Suure-Kopu_vallavalitsus, lk 71
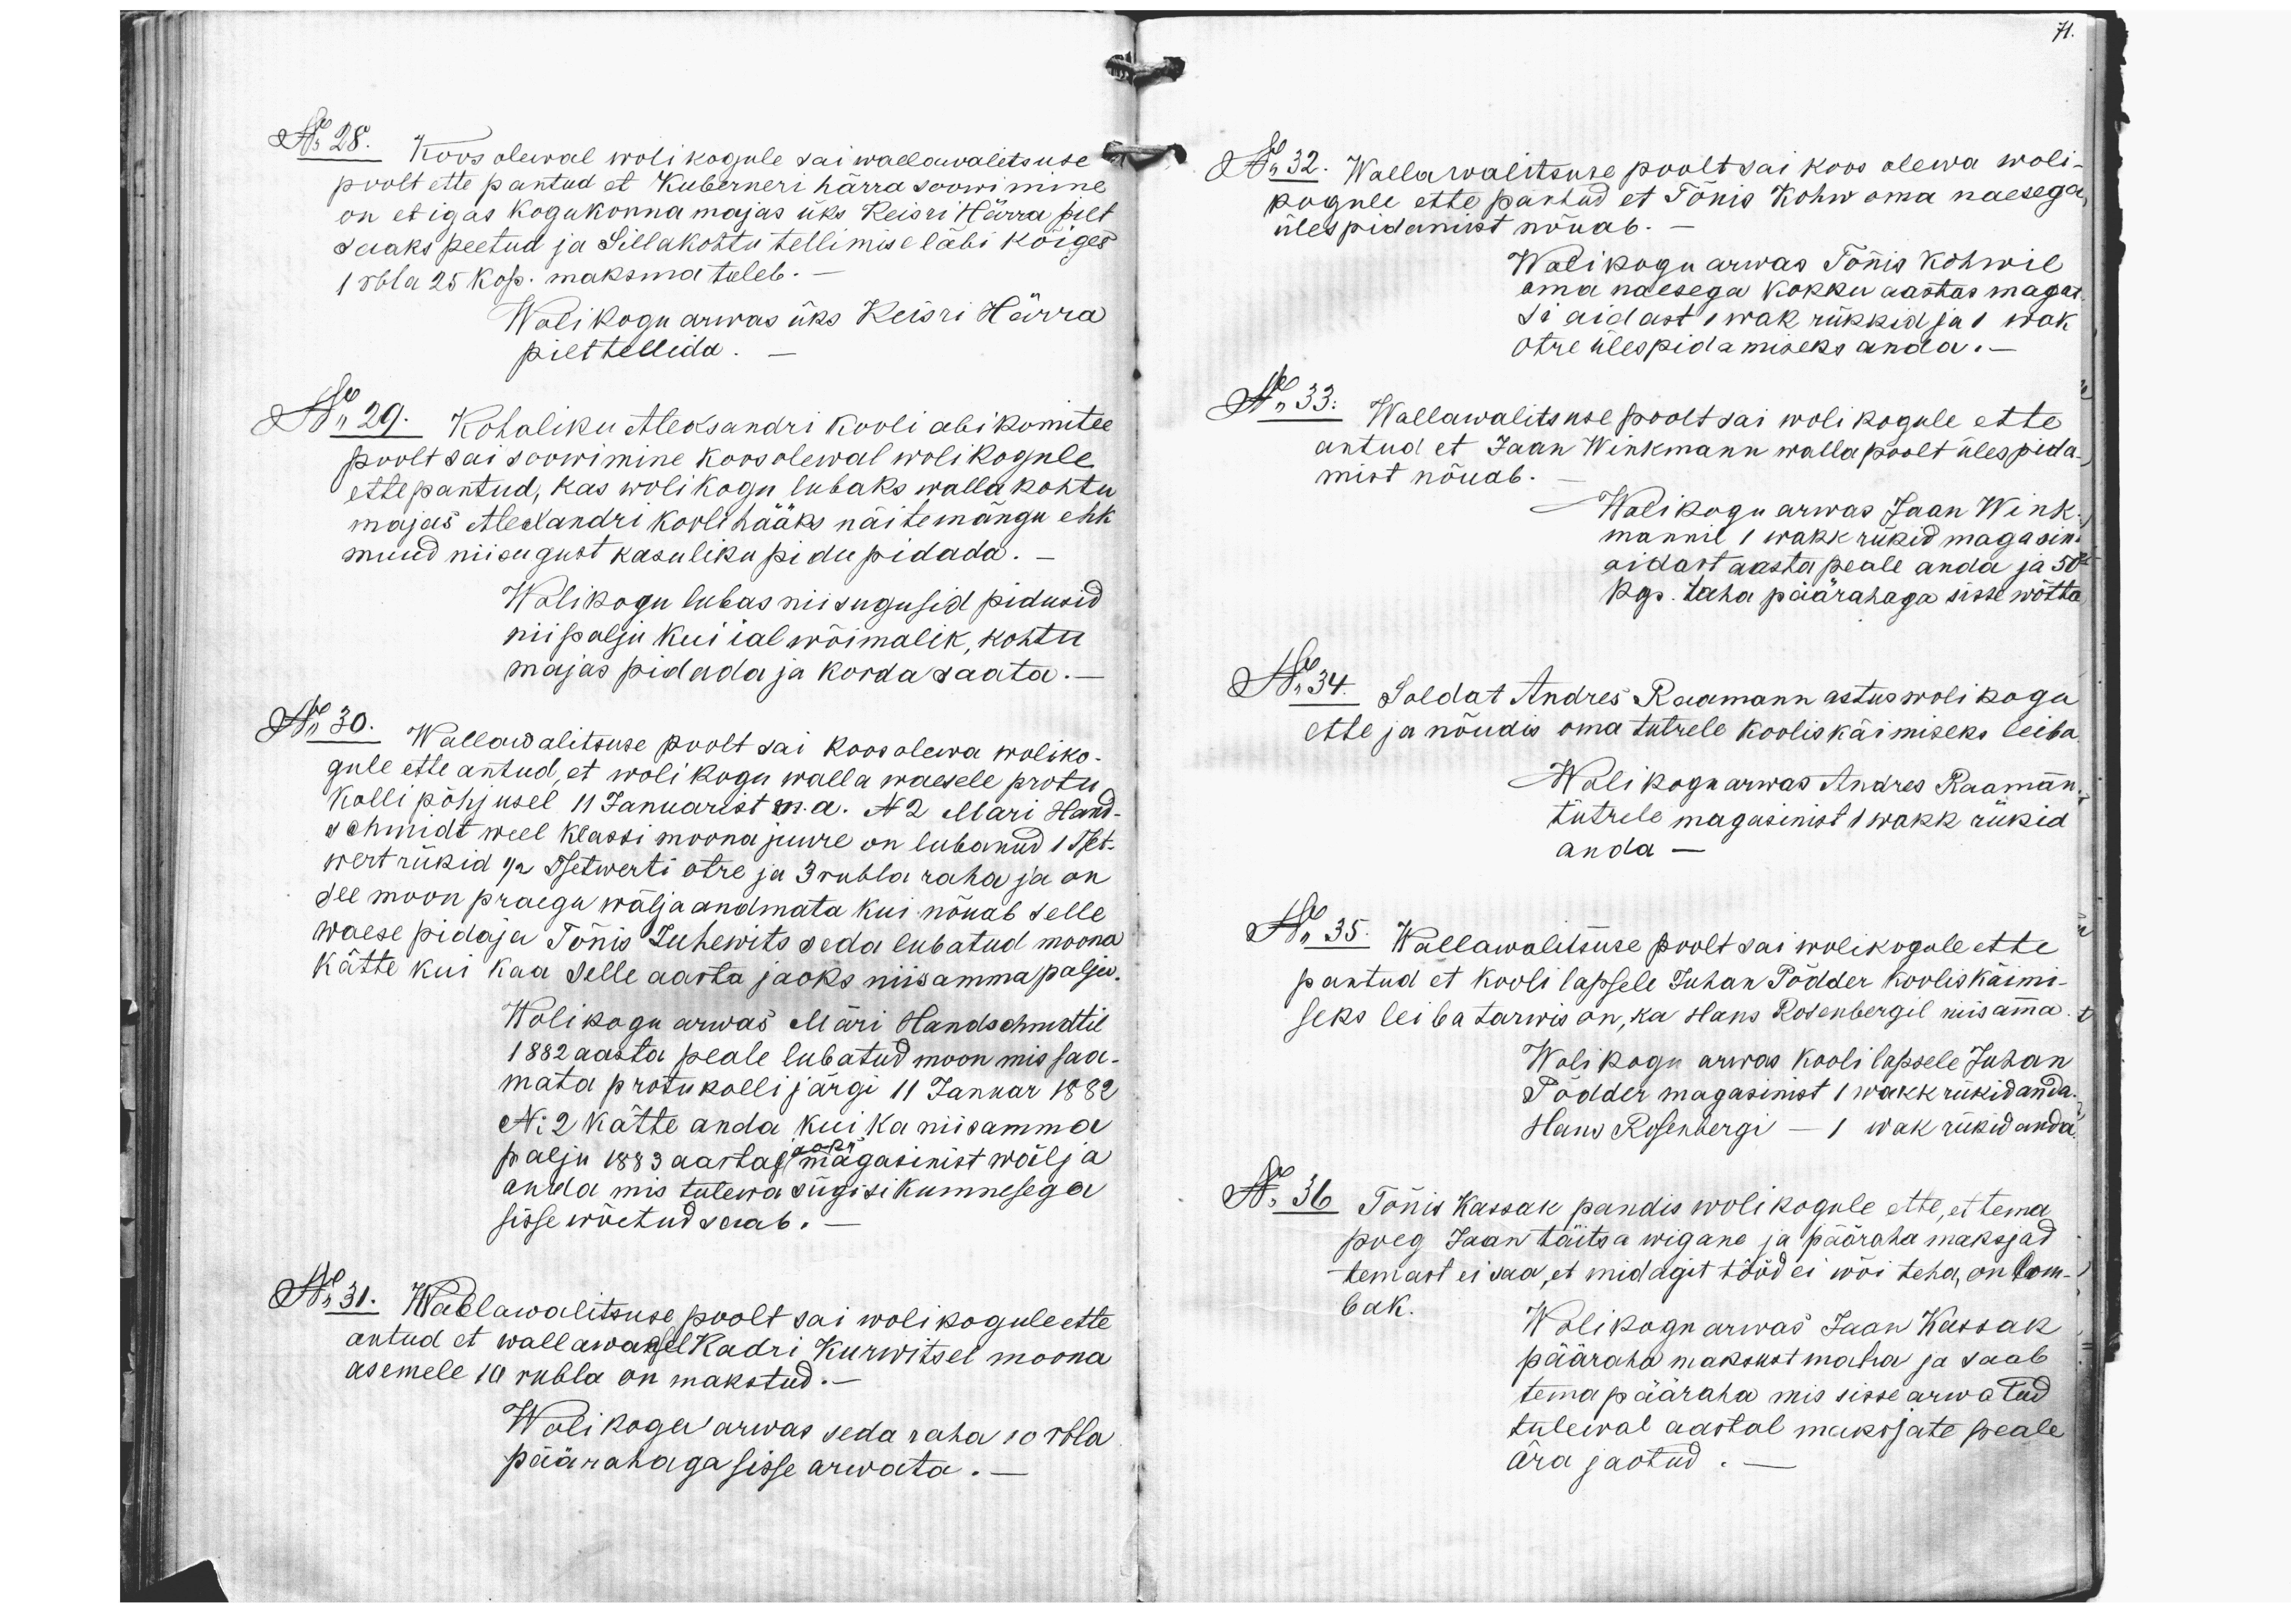
No 28. Koos olewal wolikogule sai wallawalitsuse
poolt ette pantud et Kuberneri härra soowimine
on et igas kogukonnamajas üks Keisri Härra pilt
saaks peetud ja Sillakohtu tellimise läbi kõiges
1 rbla 25 kop. maksma tuleb.
Wolikogu arwas üks Keisri Härra
pilt tellida.
No 29. Kohaliku Aleksandri kooli abi komitee
poolt sai soowimine koosolewal wolikogule
ettepantud, kas wolikogu lubaks walla kohtu
majas Alexandri kooli hääks näitemängu ehk
muud niisugust kasuliku pidu pidada.
Wolikogu lubas niisugusid pidusid
niipalju kui ial wõimalik, kohtu
majas pidada ja korda saata.
No 30. Wallawalitsuse poolt sai koosolewa woliko-
gule ette antud, et woli kogu walla waesele protu-
Kolli põhjusel 11 Januarist m.a. No 2 Mari Hand-
schmidt weel klassi moona juure on lubanud 1 Tset-
wert rükid 1/2 Tsetwerti otre ja 3 rubla raha ja on
see moon praegu wälja andmata kui nõuab selle
waese pidaja Tõnis Zuhewits seda lubatud moona
kätte kui kaa selle aasta jaoks niisamma palju.
Wolikogu arwas Märi Handschmidtil
1882 aasta peale lubatud moon mis saa-
mata protukolli järgi 11 Januar 1882
No 2 kätte anda kui ka niisamma
jaoks
palju 1883 aastal magasinist wälja
anda mis tulewa sügisi kumnesega
sisse wõetud saab.
No 31. Wallawalitsuse poolt sai wolikogule ette
antud et wallawaesel Kadri Kurwitsel moona
asemele 10 rubla on makstud.
Wolikogu arwas seda raha 10 rbla
päärahaga sisse arwata.-
71.
No 32. Wallawalitsuse poolt sai koos olewa woli-
kogule ette pantud et Tõnis Kohw oma naesega
ülespidamist nõuab.
Walikogu arwas Tõnis Kohwil
oma naesega kokku aastas magat-
si aidast 1 wak rükkid ja 1 wak-
otre ülespidamiseks anda. -
No 33. Wallawalitsuse poolt sai wolikogule ette
antud et Jaan Winkmann walla poolt ülespida.
mist nõuab.
Wolikogu arwas Jaan Wink-
mannil 1 wakk rükid magasini
aidast aasta peale anda ja 50
kop raha päärahaga sisse wõtta,
No 34. Soldat Andres Raamann astus wolikogu
ette ja nõudis oma tutrele kooliskäimiseks leiba.
Wolikoga arwas Andres Raaman
tütrele magasinist 1 wakk rükid,
anda -
No 35. Wallawalitsuse poolt sai wolikogule ette
pantud et kooli lapsele Juhan Põdder kooliskäimi-
seks leiba tarwis on, ka Hans Rosenbergil niisamma.
Wolikogu arwas koolilapsele Juhan
Põdder magasinist 1 wakk rükid anda.
Hans Rosenbergi - 1 wak rükid anda.
No 36 Tõnis Kassak pandis wolikogule ette, et tema
poeg Jaan täitsa wigane ja pääraha maksjad
temast ei saa, et midagit tööd ei wõi teha, on lom-
bak.
Wolikogu arwas Jaan Kassak
pääraha maksust maha ja saab
tema pääraha mis sisse arwatud,
tulewal aastal maksjate peale.
ära jaotud.